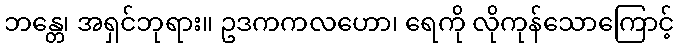
ဘန္တေ၊ အရှင်ဘုရား။ ဥဒကကလဟော၊ ရေကို လိုကုန်သောကြောင့်